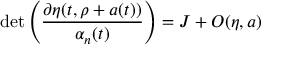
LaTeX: \operatorname * { d e t } \left( \frac { \partial \eta ( t , \rho + a ( t ) ) } { \alpha _ { n } ( t ) } \right) = J + { \cal O } ( \eta , a )